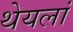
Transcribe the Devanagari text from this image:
थेयलां